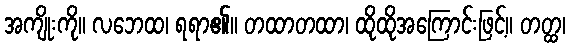
အကျိုးကို။ လဘေထ၊ ရရာ၏။ တထာတထာ၊ ထိုထိုအကြောင်းဖြင့်။ တတ္ထ၊